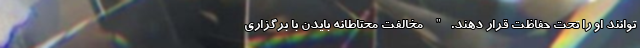
توانند او را تحت حفاظت قرار دهند." مخالفت محتاطانه بایدن با برگزاری